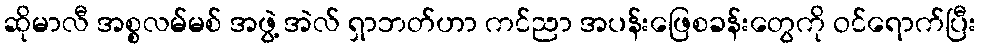
ဆိုမာလီ အစ္စလမ်မစ် အဖွဲ့ အဲလ် ရှာဘတ်ဟာ ကင်ညာ အပန်းဖြေစခန်းတွေကို ဝင်ရောက်ပြီး